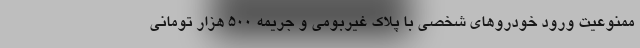
ممنوعیت ورود خودروهای شخصی با پلاک غیربومی و جریمه ۵۰۰ هزار تومانی